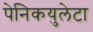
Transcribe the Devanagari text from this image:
पेनिकयुलेटा